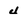
Character: 4